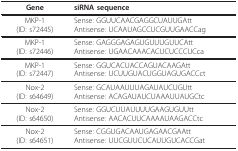
<table><thead><tr><td><b>Gene</b></td><td><b>siRNA sequence</b></td></tr></thead><tbody><tr><td>MKP-1(ID: s72445)</td><td>Sense: GGUUCAACGAGGCUAUUGAttAntisense: UCAAUAGCCUCGUUGAACCag</td></tr><tr><td>MKP-1(ID: s72446)</td><td>Sense: GAGGGAGAGUGUUUGUUCAttAntisense: UGAACAAACACUCUCCCUCca</td></tr><tr><td>MKP-1(ID: s72447)</td><td>Sense: GGUCACUACCAGUACAAGAttAntisense: UCUUGUACUGGUAGUGACCct</td></tr><tr><td>Nox-2(ID: s64649)</td><td>Sense: GCAUAAUUUAGAUAUCUGUttAntisense: ACAGAUAUCUAAAUUAUGCtc</td></tr><tr><td>Nox-2(ID: s64650)</td><td>Sense: GGUCUUAUUUUGAAGUGUUttAntisense: AACACUUCAAAAUAAGACCtc</td></tr><tr><td>Nox-2(ID: s64651)</td><td>Sense: CGGUGACAAUGAGAACGAAttAntisense: UUCGUUCUCAUUGUCACCGat</td></tr></tbody></table>